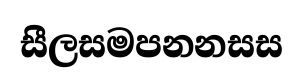
සීලසමපනනසස